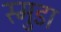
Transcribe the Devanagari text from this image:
स्मुडा